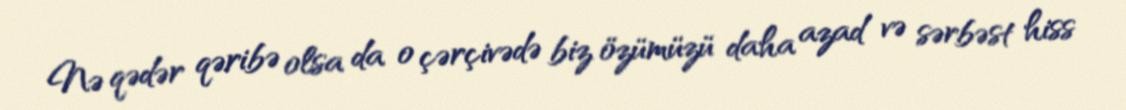
Nə qədər qəribə olsa da o çərçivədə biz özümüzü daha azad və sərbəst hiss